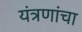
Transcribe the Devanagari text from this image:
यंत्रणांचा